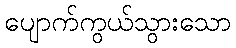
ပျောက်ကွယ်သွားသော